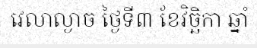
វេលាល្ងាច ថ្ងៃទី៣ ខែវិច្ឆិកា ឆ្នាំ